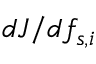
{ d J } / { d f _ { s , i } }